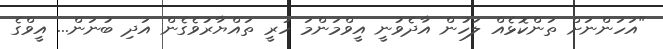
"އަހަންނަށް ތަންކޮޅެއް ލަހުން އާދެވުނީ އީވްމަންމަ ހުރީ ތައްޔާރުވެގެން އަދި ބުނަން... އީވްގެ